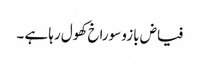
فیاض بازو سوراخ کھول رہا ہے ۔